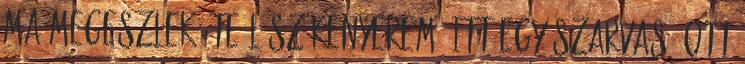
ma megeszlek, te lész kenyerem. Itt egy szarvas, ott